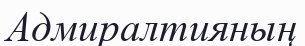
Адмиралтияның